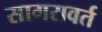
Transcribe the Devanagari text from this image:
सागरावर्त